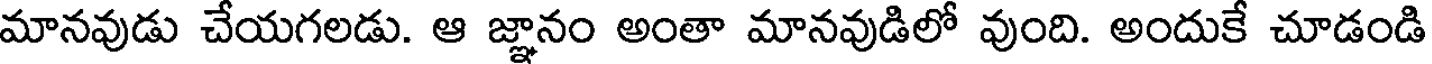
మానవుడు చేయగలడు. ఆ జ్ఞానం అంతా మానవుడిలో వుంది. అందుకే చూడండి